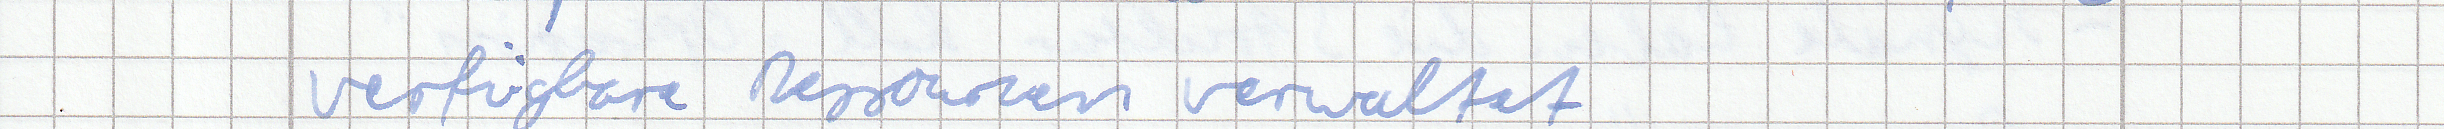
verfügbare Ressourcen verwaltet